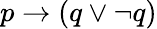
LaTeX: p\to(q\lor\neg q)